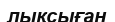
лықсыған